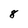
Character: 8